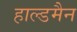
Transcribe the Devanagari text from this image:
हाल्डमैन